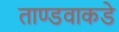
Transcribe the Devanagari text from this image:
ताण्डवाकडे